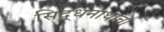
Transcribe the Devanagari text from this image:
सिद्धनाथाचा